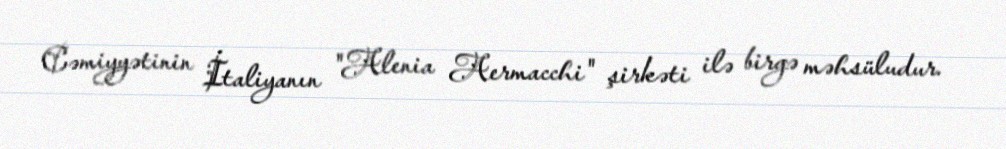
Cəmiyyətinin İtaliyanın "Alenia Aermacchi" şirkəti ilə birgə məhsüludur.